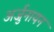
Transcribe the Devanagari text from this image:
अर्जुनायन